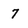
Character: 7